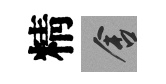
精舍